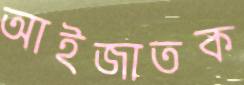
আইজাতক